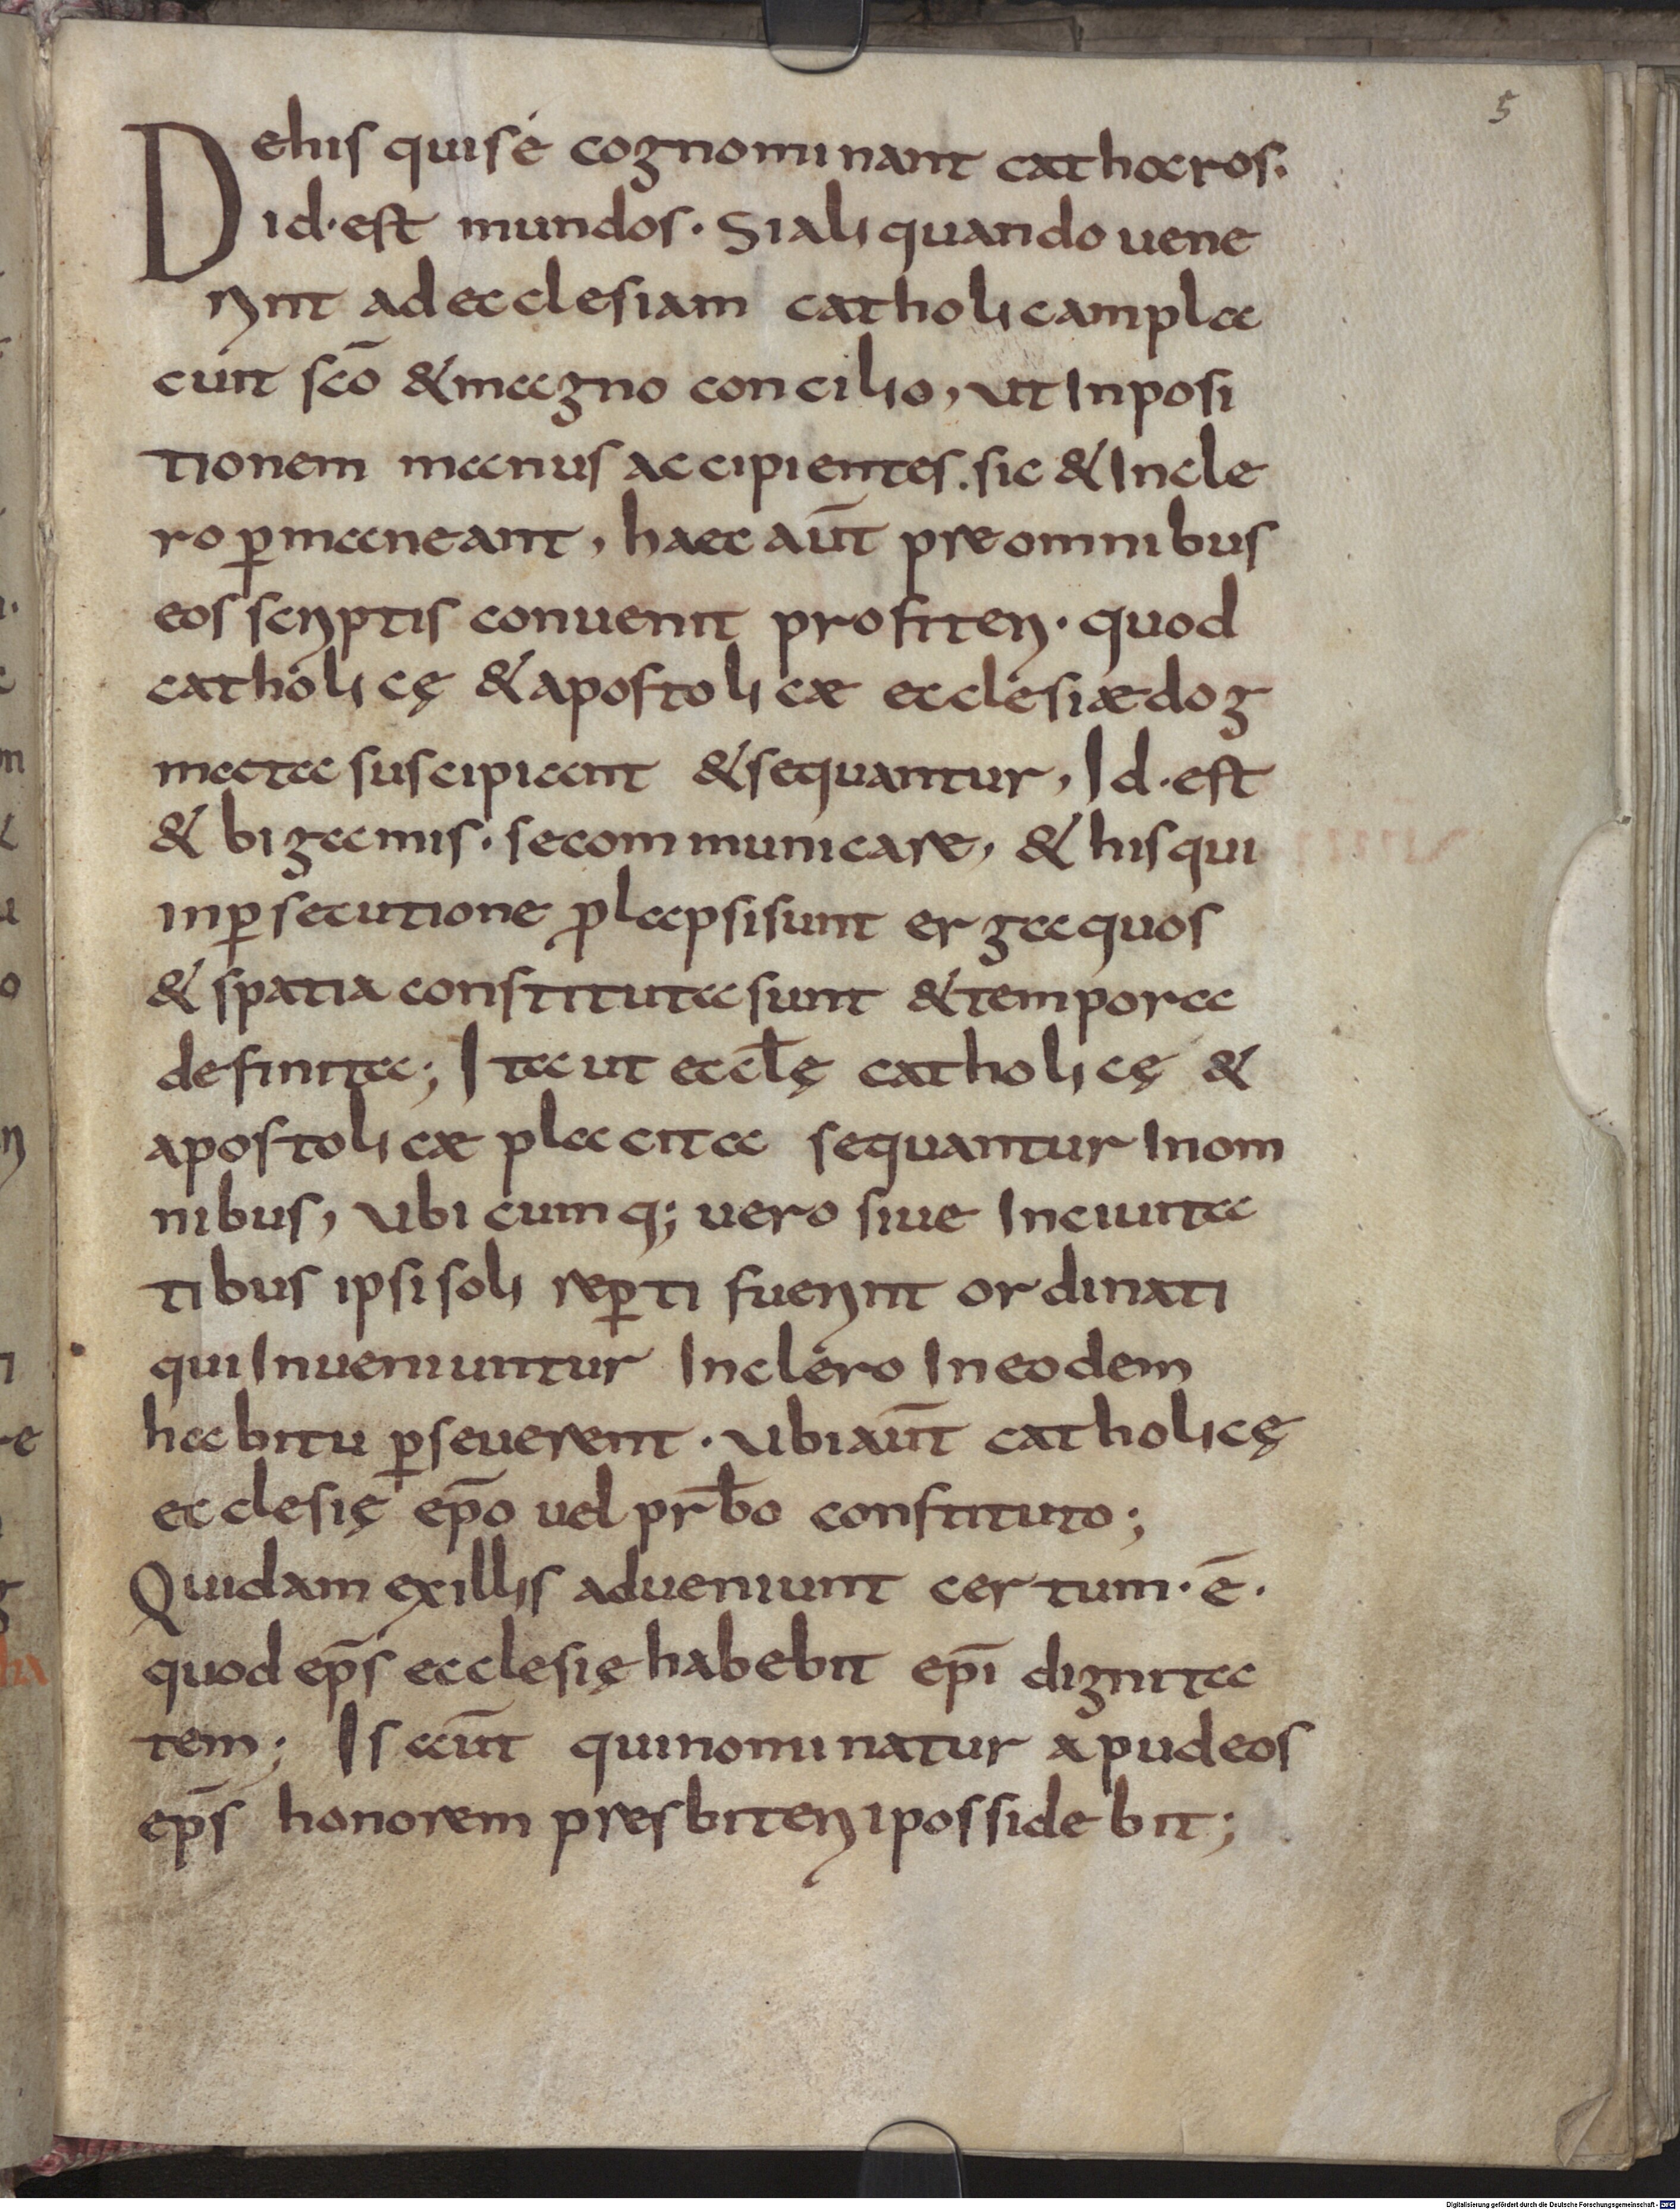
Shelfmark: Munich, Bayerische Staatsbibliothek, Clm 14517
Century: 9